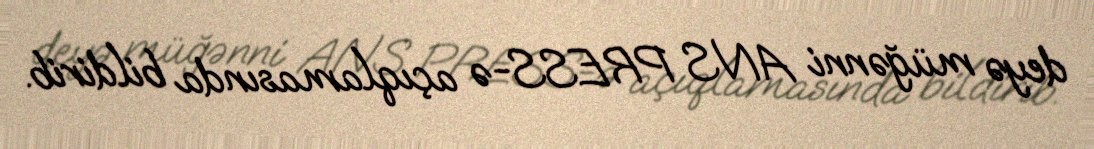
deyə müğənni ANS PRESS-ə açıqlamasında bildirib.